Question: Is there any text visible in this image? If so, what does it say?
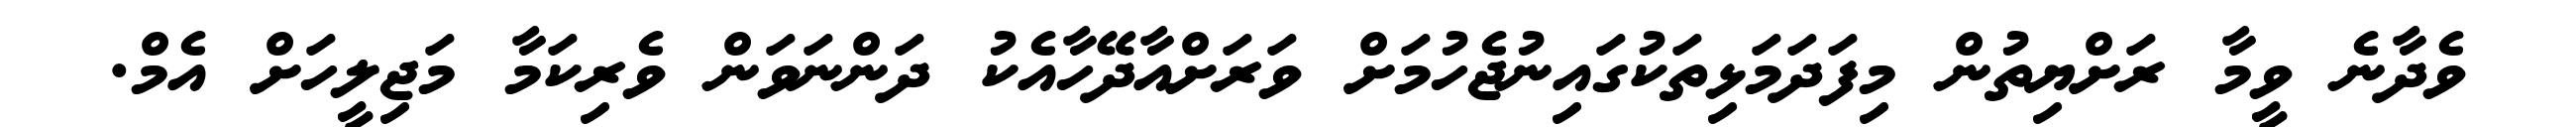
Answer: ވެދާނެ ވީމާ ރަށްޔިތުން މިފަދަމަޅިތަކުގައިނުޖެހުމަށް ވަރަށްއާދޭހާއެކު ދަންނަވަން ވެރިކަމާ މަޖިލީހަށް އެމް.